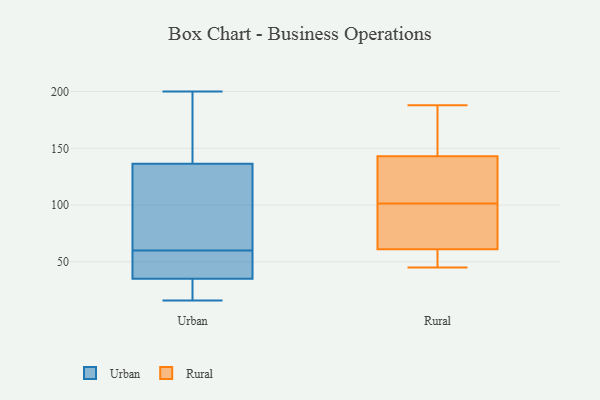
{"axis": {"x": "Inventory Turnover", "y": "Value"}, "legend": ["Rural", "Urban"], "data": [{"x": "", "y": 164, "type": "Urban"}, {"x": "", "y": 200, "type": "Urban"}, {"x": "", "y": 36, "type": "Urban"}, {"x": "", "y": 48, "type": "Urban"}, {"x": "", "y": 111, "type": "Urban"}, {"x": "", "y": 53, "type": "Urban"}, {"x": "", "y": 89, "type": "Urban"}, {"x": "", "y": 20, "type": "Urban"}, {"x": "", "y": 67, "type": "Urban"}, {"x": "", "y": 38, "type": "Urban"}, {"x": "", "y": 48, "type": "Urban"}, {"x": "", "y": 120, "type": "Urban"}, {"x": "", "y": 153, "type": "Urban"}, {"x": "", "y": 155, "type": "Urban"}, {"x": "", "y": 194, "type": "Urban"}, {"x": "", "y": 34, "type": "Urban"}, {"x": "", "y": 29, "type": "Urban"}, {"x": "", "y": 16, "type": "Urban"}, {"x": "", "y": 29, "type": "Urban"}, {"x": "", "y": 98, "type": "Urban"}, {"x": "", "y": 182, "type": "Rural"}, {"x": "", "y": 127, "type": "Rural"}, {"x": "", "y": 188, "type": "Rural"}, {"x": "", "y": 73, "type": "Rural"}, {"x": "", "y": 145, "type": "Rural"}, {"x": "", "y": 76, "type": "Rural"}, {"x": "", "y": 49, "type": "Rural"}, {"x": "", "y": 75, "type": "Rural"}, {"x": "", "y": 45, "type": "Rural"}, {"x": "", "y": 138, "type": "Rural"}, {"x": "", "y": 45, "type": "Rural"}, {"x": "", "y": 141, "type": "Rural"}]}